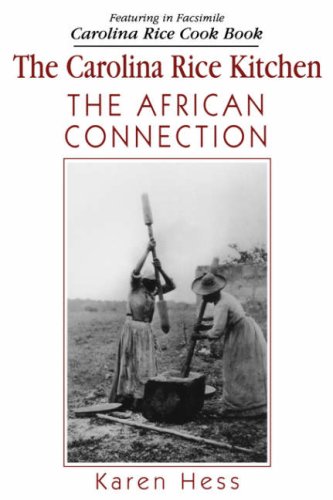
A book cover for Carolina Rice Kitchen: The African Connection; Karen Hess; Cookbooks, Food & Wine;